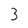
Character: 3